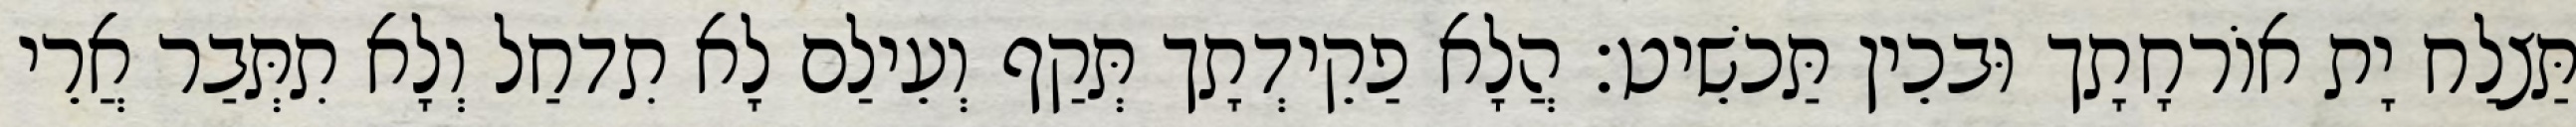
תַּצלַח יָת אוֹרחָתָך וּבכֵין תַּכשֵׁיט׃ הֲלָא פַקֵידְתָך תְּקַף וְעֵילַם לָא תִדחַל וְלָא תִתְּבַר אֲרֵי